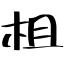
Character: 柤